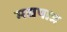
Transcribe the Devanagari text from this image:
मद्यपात्र